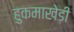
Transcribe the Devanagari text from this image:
हुकमाखेड़ी